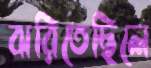
ঝরিতেছিলে